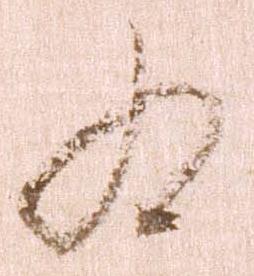
為